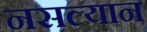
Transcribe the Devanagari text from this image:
नसल्यान